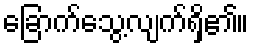
ခြောက်သွေ့လျက်ရှိ၏။